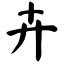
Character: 卉